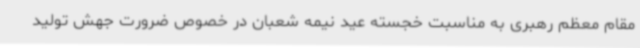
مقام معظم رهبری به مناسبت خجسته عید نیمه شعبان در خصوص ضرورت جهش تولید